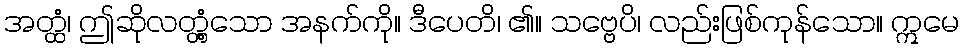
အတ္ထံ၊ ဤဆိုလတ္တံ့သော အနက်ကို။ ဒီပေတိ၊ ၏။ သဗ္ဗေပိ၊ လည်းဖြစ်ကုန်သော။ ဣမေ